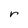
Character: r